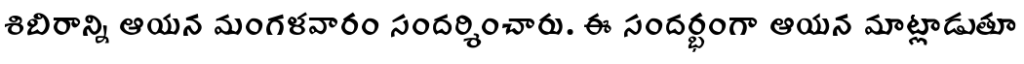
శిబిరాన్ని ఆయన మంగళవారం సందర్శించారు. ఈ సందర్భంగా ఆయన మాట్లాడుతూ